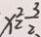
x ^ { 2 } = \frac { 3 } { 2 }